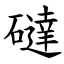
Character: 䃮